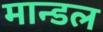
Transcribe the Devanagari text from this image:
मान्डल